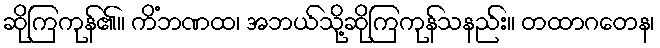
ဆိုကြကုန်၏။ ကိံဘဏထ၊ အဘယ်သို့ဆိုကြကုန်သနည်း။ တထာဂတေန၊